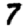
Digit: 7